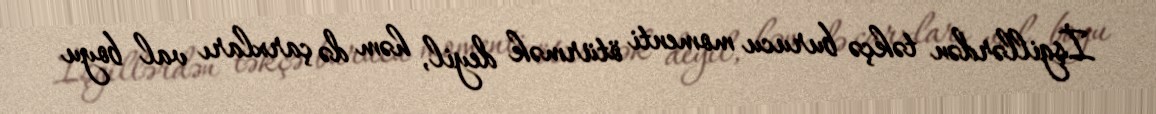
İşgillərdən təkçə burucu momenti ötürmək deyil, həm də çarxları val boyu